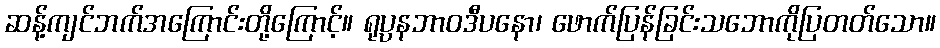
ဆန့်ကျင်ဘက်အကြောင်းတို့ကြောင့်။ ရုပ္ပနဘာဝဒီပနော၊ ဖောက်ပြန်ခြင်းသဘောကိုပြတတ်သော။